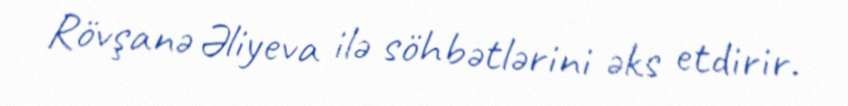
Rövşanə Əliyeva ilə söhbətlərini əks etdirir.